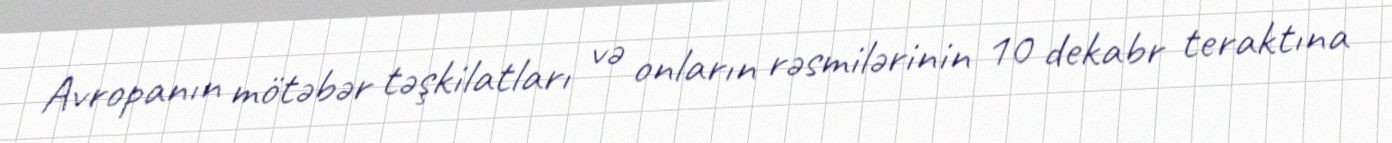
Avropanın mötəbər təşkilatları və onların rəsmilərinin 10 dekabr teraktına